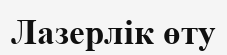
Лазерлік өту